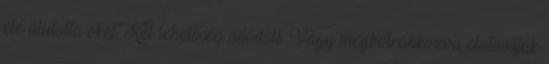
elé állította őket. Két lehetőség adódott. Vagy megbotránkozva elutasítják